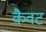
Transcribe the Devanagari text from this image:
कैवट